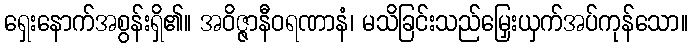
ရှေးနောက်အစွန်းရှိ၏။ အဝိဇ္ဇာနီဝရဏာနံ၊ မသိခြင်းသည်မြှေးယှက်အပ်ကုန်သော။